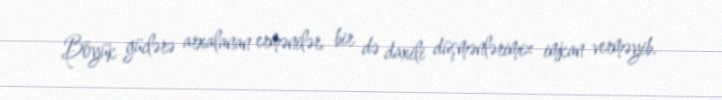
Böyük güclərə arxalanan ermənilər, bir də daxili düşmənlərimiz imkan verməyib.